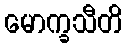
မောက္ခသီတိ